Lui_Olesk, lk 22
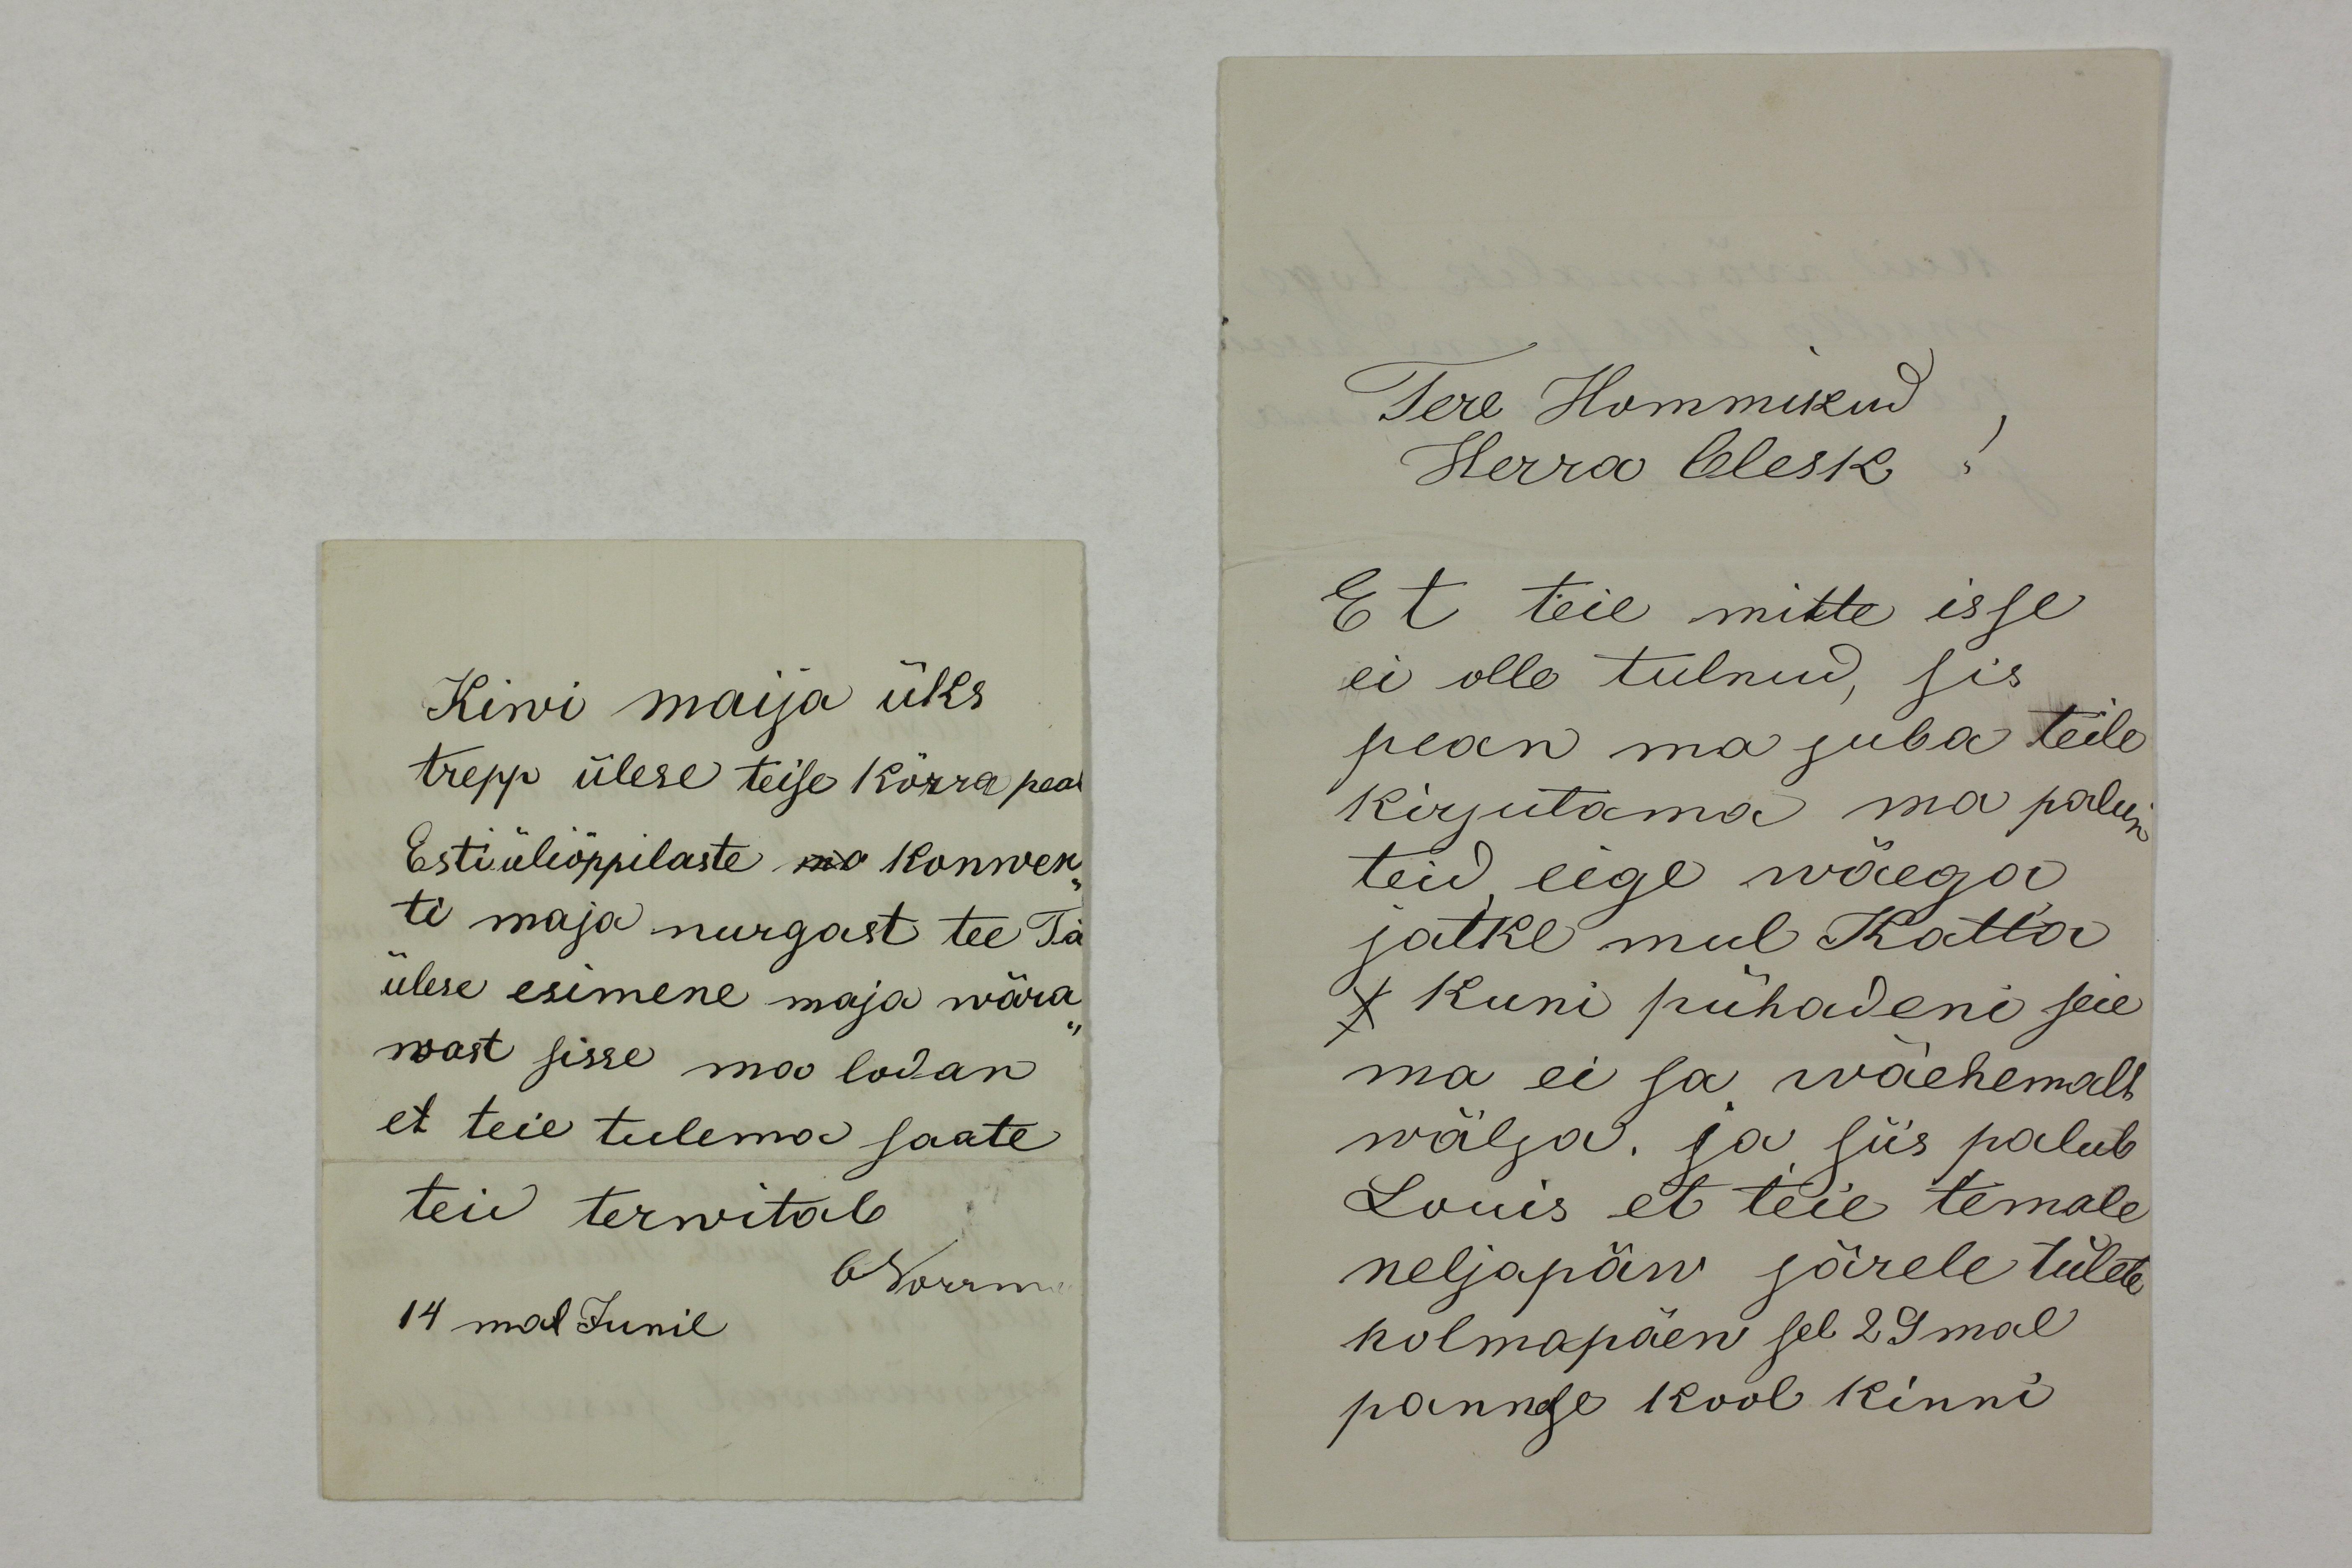
Kiwi maija üks
trepp ülese teise kõrra peal
Estiüliõppilaste ma konwen-
ti maja nurgast tee Tä
ülese esimene maja wära-
wast sisse ma lodan
et teie tulema saate
teid tervitab 
ONorrm
14mal Junil

Tere Hommikud 
Herra Olesk!
Et teie mitte isse
ei olle tulnud, sis
pean ma juba teile
kirjutama ma palun
teid eige wäega 
jätke mul Katta
kuni pühadeni seie
ma ei sa wäehemalt
wälja. ja siis palub
Louis et teie temale 
neljapäw järele tulete
kolmapäew sel 29mal
pannge kool kinni